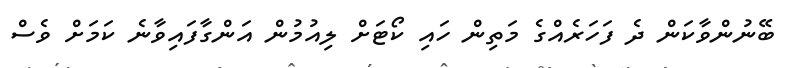
ބޭނުންވާކަން ދެ ފަހަރެއްގެ މަތިން ހައި ކޯޓަށް ލިއުމުން އަންގާފައިވާނެ ކަމަށް ވެސް